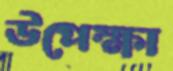
উপেক্ষা